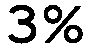
3%